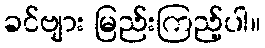
ခင်ဗျား မြည်းကြည့်ပါ။